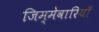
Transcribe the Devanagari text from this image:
जिम्मेवारियाँ